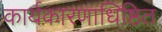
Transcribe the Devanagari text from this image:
कार्यकारणाधिष्ठित